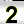
Digit: 2